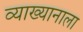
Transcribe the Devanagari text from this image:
व्याख्यानाला